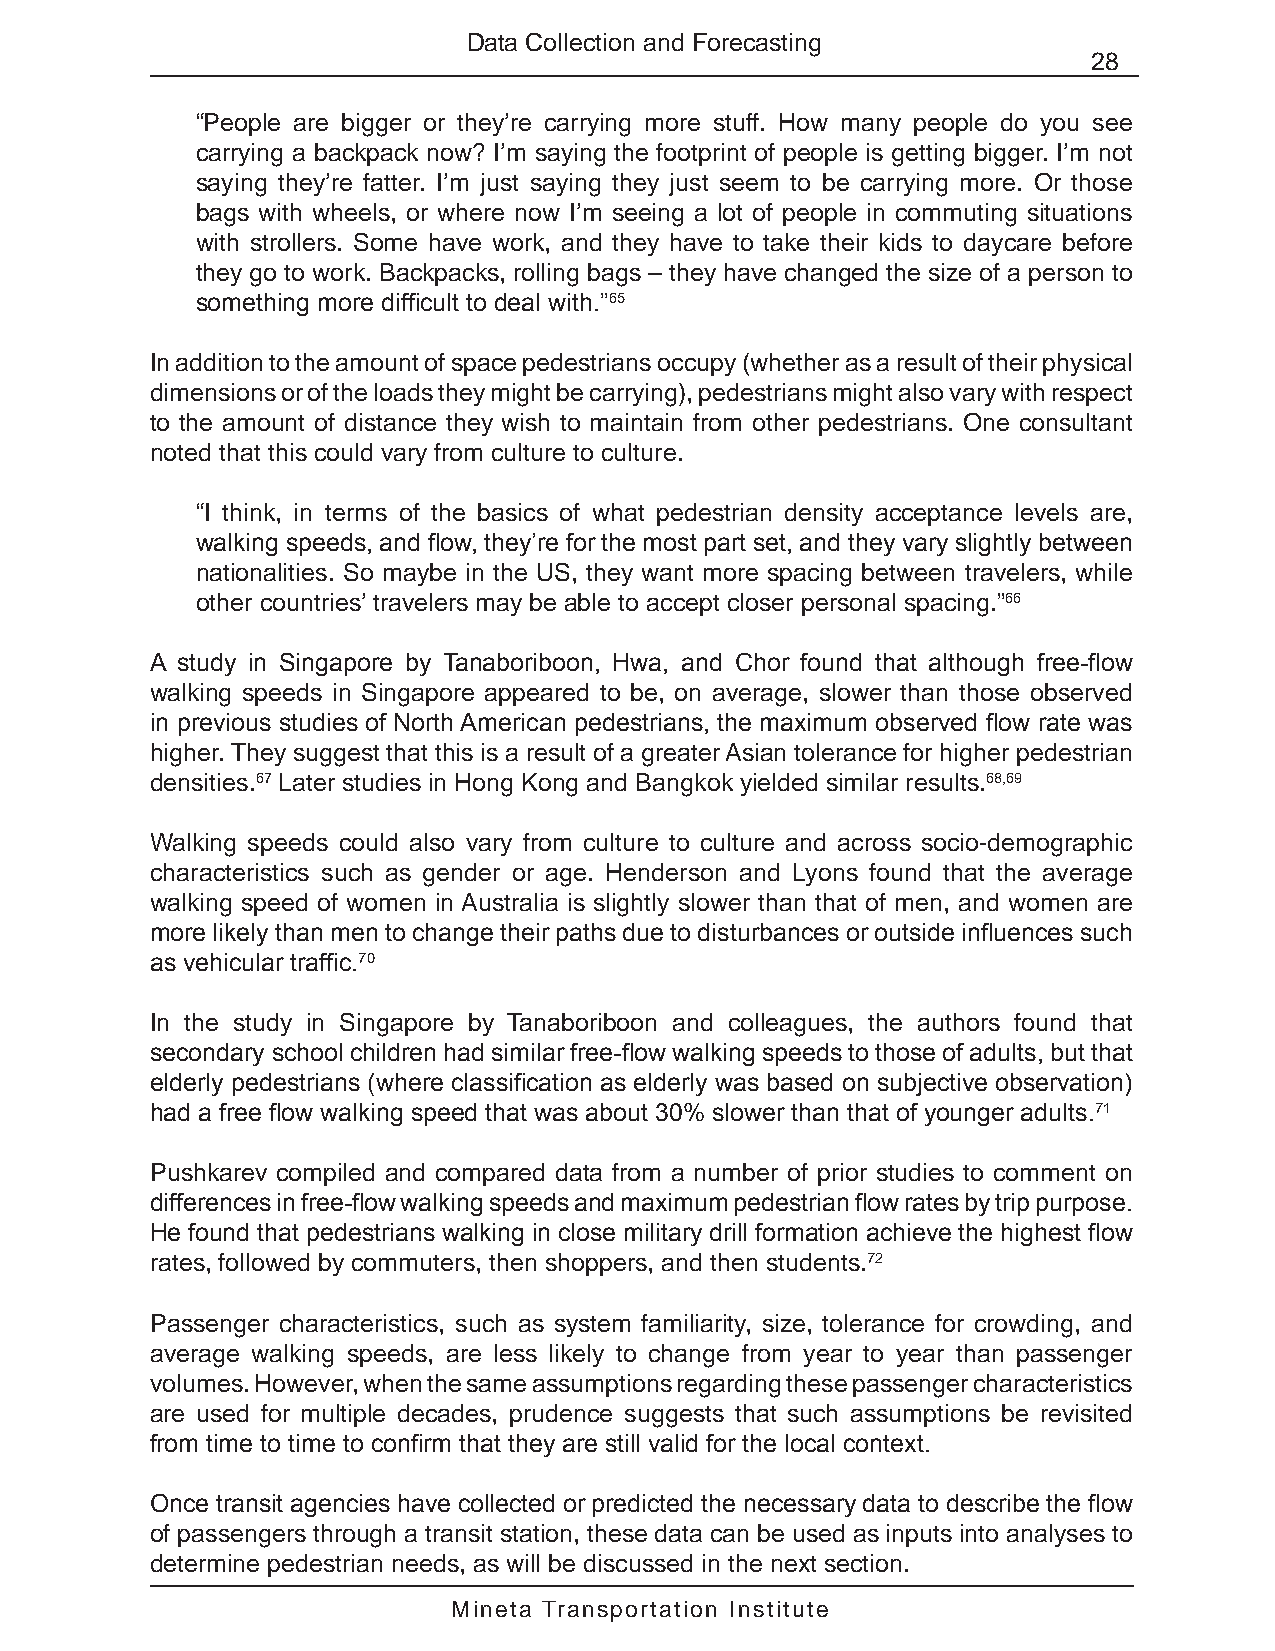
Data Collection and Forecasting
 28
 “People are bigger or they’re carrying more stuff. How many people do you see
 carrying a backpack now? I’m saying the footprint of people is getting bigger. I’m not
 saying they’re fatter. I’m just saying they just seem to be carrying more. Or those
 bags with wheels, or where now I’m seeing a lot of people in commuting situations
 with strollers. Some have work, and they have to take their kids to daycare before
 they go to work. Backpacks, rolling bags – they have changed the size of a person to
 something more difficult to deal with.”65
 In addition to the amount of space pedestrians occupy (whether as a result of their physical
 dimensions or of the loads they might be carrying), pedestrians might also vary with respect
 to the amount of distance they wish to maintain from other pedestrians. One consultant
 noted that this could vary from culture to culture.
 “I think, in terms of the basics of what pedestrian density acceptance levels are,
 walking speeds, and flow, they’re for the most part set, and they vary slightly between
 nationalities. So maybe in the US, they want more spacing between travelers, while
 other countries’ travelers may be able to accept closer personal spacing.”66
 A study in Singapore by Tanaboriboon, Hwa, and Chor found that although free-flow
 walking speeds in Singapore appeared to be, on average, slower than those observed
 in previous studies of North American pedestrians, the maximum observed flow rate was
 higher. They suggest that this is a result of a greater Asian tolerance for higher pedestrian
 densities.67 Later studies in Hong Kong and Bangkok yielded similar results.68,69
 Walking speeds could also vary from culture to culture and across socio-demographic
 characteristics such as gender or age. Henderson and Lyons found that the average
 walking speed of women in Australia is slightly slower than that of men, and women are
 more likely than men to change their paths due to disturbances or outside influences such
 as vehicular traffic.70
 In the study in Singapore by Tanaboriboon and colleagues, the authors found that
 secondary school children had similar free-flow walking speeds to those of adults, but that
 elderly pedestrians (where classification as elderly was based on subjective observation)
 had a free flow walking speed that was about 30% slower than that of younger adults.71
 Pushkarev compiled and compared data from a number of prior studies to comment on
 differences in free-flow walking speeds and maximum pedestrian flow rates by trip purpose.
 He found that pedestrians walking in close military drill formation achieve the highest flow
 rates, followed by commuters, then shoppers, and then students.72
 Passenger characteristics, such as system familiarity, size, tolerance for crowding, and
 average walking speeds, are less likely to change from year to year than passenger
 volumes. However, when the same assumptions regarding these passenger characteristics
 are used for multiple decades, prudence suggests that such assumptions be revisited
 from time to time to confirm that they are still valid for the local context.
 Once transit agencies have collected or predicted the necessary data to describe the flow
 of passengers through a transit station, these data can be used as inputs into analyses to
 determine pedestrian needs, as will be discussed in the next section.
 Mineta Transportation Institute